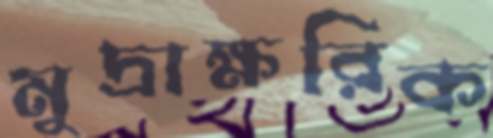
মুদ্রাক্ষরিক